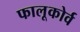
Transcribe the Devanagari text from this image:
फालूकोर्व